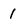
Character: 1